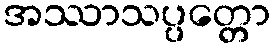
အဿာသပ္ပတ္တော